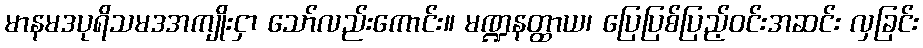
မာနမဒပုရိသမဒအကျိုးငှာ သော်လည်းကောင်း။ မဏ္ဍနတ္ထာယ၊ ပြေပြစ်ပြည့်ဝင်းအဆင်း လှခြင်း